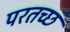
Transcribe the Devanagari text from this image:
परतच्‍छ